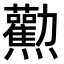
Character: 𤓘